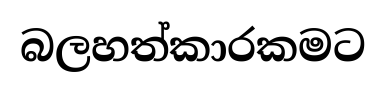
බලහත්කාරකමට